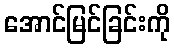
အောင်မြင်ခြင်းကို